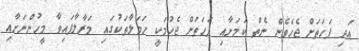
އަދި ފަހަތަށް ޖެހެވެން ނެތް ކަމަށާއި ފަހަތަށް ޖެހުމަކީ ހަމަލާތަކުގައި މަރާލާފައިވާ މީހުންނަށާއި